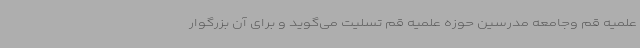
علمیه قم وجامعه مدرسین حوزه علمیه قم تسلیت می‌گوید و برای آن بزرگوار